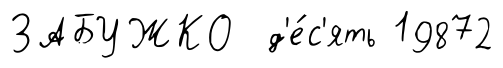
ЗАБУЖКО д'е́с'ять 19872